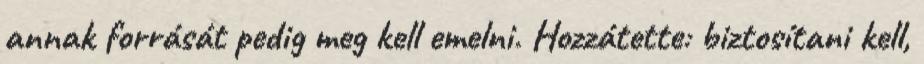
annak forrását pedig meg kell emelni. Hozzátette: biztosítani kell,